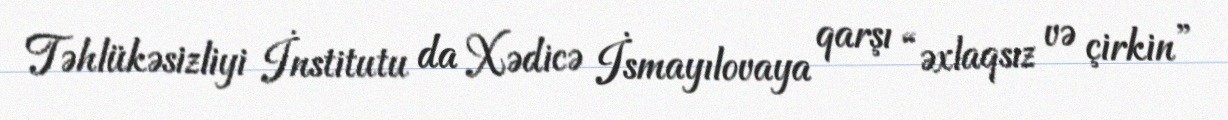
Təhlükəsizliyi İnstitutu da Xədicə İsmayılovaya qarşı “əxlaqsız və çirkin”